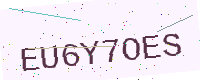
Text: EU6Y7OES